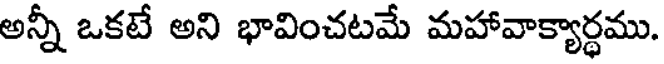
అన్నీ ఒకటే అని భావించటమే మహావాక్యార్థము.